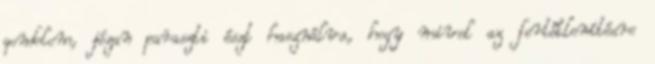
gondolom, józan paraszti észt használva, hogy mivel az fertőtlenítésre